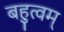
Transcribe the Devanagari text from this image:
बहुत्वम्